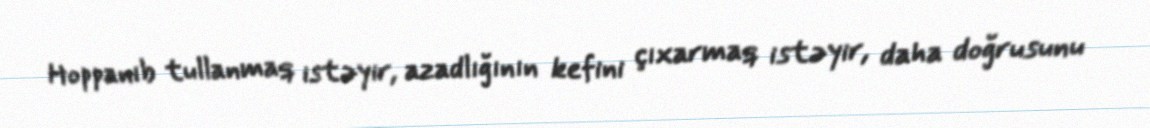
Hoppanıb tullanmaq istəyir, azadlığının kefini çıxarmaq istəyir, daha doğrusunu